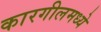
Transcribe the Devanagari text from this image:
कारगीलमध्ये